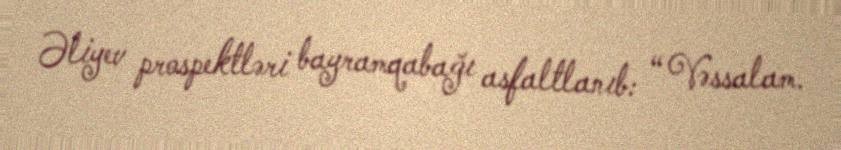
Əliyev prospektləri bayramqabağı asfaltlanıb: “ Vəssalam.